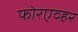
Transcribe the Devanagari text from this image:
फोरएव्हर